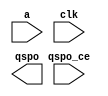
module dmg_72_2828f053f6c73e1f(
  a,
  clk,
  qspo_ce,
  qspo
);

input [6 : 0] a;
input clk;
input qspo_ce;
output [16 : 0] qspo;

// synthesis translate_off

  DIST_MEM_GEN_V7_2 #(
    .C_ADDR_WIDTH(7),
    .C_DEFAULT_DATA("0"),
    .C_DEPTH(128),
    .C_FAMILY("kintex7"),
    .C_HAS_CLK(1),
    .C_HAS_D(0),
    .C_HAS_DPO(0),
    .C_HAS_DPRA(0),
    .C_HAS_I_CE(0),
    .C_HAS_QDPO(0),
    .C_HAS_QDPO_CE(0),
    .C_HAS_QDPO_CLK(0),
    .C_HAS_QDPO_RST(0),
    .C_HAS_QDPO_SRST(0),
    .C_HAS_QSPO(1),
    .C_HAS_QSPO_CE(1),
    .C_HAS_QSPO_RST(0),
    .C_HAS_QSPO_SRST(0),
    .C_HAS_SPO(0),
    .C_HAS_SPRA(0),
    .C_HAS_WE(0),
    .C_MEM_INIT_FILE("dmg_72_2828f053f6c73e1f.mif"),
    .C_MEM_TYPE(0),
    .C_PARSER_TYPE(1),
    .C_PIPELINE_STAGES(0),
    .C_QCE_JOINED(0),
    .C_QUALIFY_WE(0),
    .C_READ_MIF(1),
    .C_REG_A_D_INPUTS(0),
    .C_REG_DPRA_INPUT(0),
    .C_SYNC_ENABLE(1),
    .C_WIDTH(17)
  )
  inst (
    .A(a),
    .CLK(clk),
    .QSPO_CE(qspo_ce),
    .QSPO(qspo),
    .D(),
    .DPRA(),
    .SPRA(),
    .WE(),
    .I_CE(),
    .QDPO_CE(),
    .QDPO_CLK(),
    .QSPO_RST(),
    .QDPO_RST(),
    .QSPO_SRST(),
    .QDPO_SRST(),
    .SPO(),
    .DPO(),
    .QDPO()
  );

// synthesis translate_on

endmodule